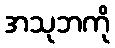
အသုဘကို